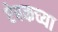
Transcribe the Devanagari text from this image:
ऐबकच्या